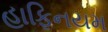
હાફિનયમ